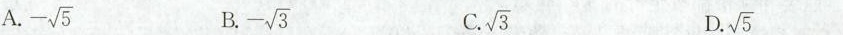
A. - \sqrt{5} B. - \sqrt{3} C. \sqrt{3} D. \sqrt{5}